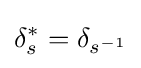
\delta _{s}^{*}=\delta _{s^{-1}}